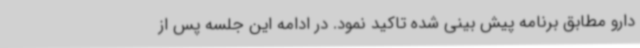
دارو مطابق برنامه پیش بینی شده تاکید نمود. در ادامه این جلسه پس از